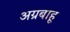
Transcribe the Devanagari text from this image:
अग्रबाहू